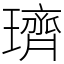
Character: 璾